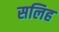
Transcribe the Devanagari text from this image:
सलिह